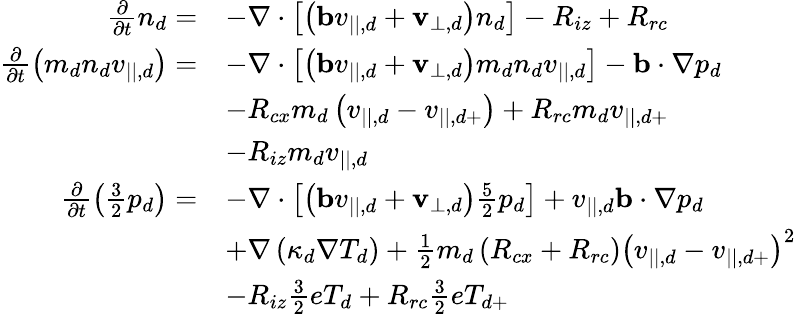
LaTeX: \begin{array}{rl}{\frac{\partial}{\partial t}n_{d}=}&{-\nabla\cdot\left[\left(\mathbf{b}v_{||,d}+\mathbf{v}_{\perp,d}\right)n_{d}\right]-R_{iz}+R_{rc}}\\ {\frac{\partial}{\partial t}\left(m_{d}n_{d}v_{||,d}\right)=}&{-\nabla\cdot\left[\left(\mathbf{b}v_{||,d}+\mathbf{v}_{\perp,d}\right)m_{d}n_{d}v_{||,d}\right]-\mathbf{b}\cdot\nabla p_{d}}\\ &{-R_{cx}m_{d}\left(v_{||,d}-v_{||,d+}\right)+R_{rc}m_{d}v_{||,d+}}\\ &{-R_{iz}m_{d}v_{||,d}}\\ {\frac{\partial}{\partial t}\left(\frac{3}{2}p_{d}\right)=}&{-\nabla\cdot\left[\left(\mathbf{b}v_{||,d}+\mathbf{v}_{\perp,d}\right)\frac{5}{2}p_{d}\right]+v_{||,d}\mathbf{b}\cdot\nabla p_{d}}\\ &{+\nabla\left(\kappa_{d}\nabla T_{d}\right)+\frac{1}{2}m_{d}\left(R_{cx}+R_{rc}\right)\left(v_{||,d}-v_{||,d+}\right)^{2}}\\ &{-R_{iz}\frac{3}{2}eT_{d}+R_{rc}\frac{3}{2}eT_{d+}}\end{array}